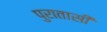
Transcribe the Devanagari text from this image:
पुरातासी